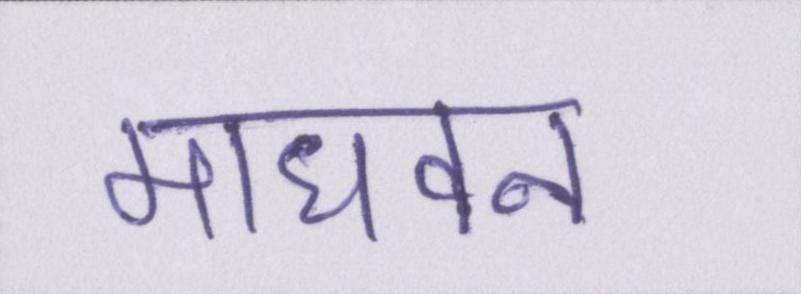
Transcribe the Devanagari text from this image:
माधवन